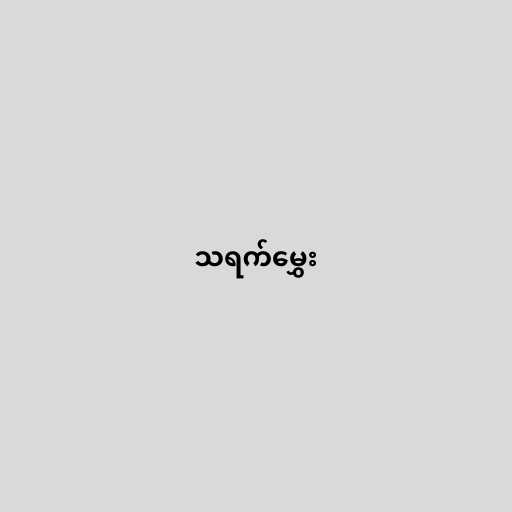
သရက်မွှေး